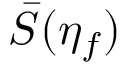
\bar { S } ( \eta _ { f } )